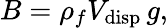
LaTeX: B=\rho_{f}V_{\mathrm{disp}}\, g,